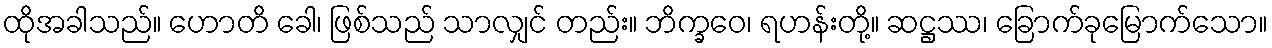
ထိုအခါသည်။ ဟောတိ ခေါ၊ ဖြစ်သည် သာလျှင် တည်း။ ဘိက္ခဝေ၊ ရဟန်းတို့။ ဆဋ္ဌဿ၊ ခြောက်ခုမြောက်သော။